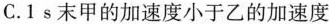
C.1s末甲的加速度小于乙的加速度